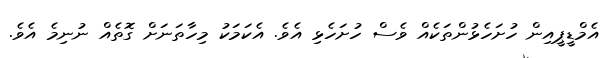
އެމްޑީޕީއިން ހުށަހެޅުންތަކެއް ވެސް ހުށަހެޅި އެވެ. އެކަމަކު މިހާތަނަށް ގޮތެއް ނުނިމެ އެވެ.